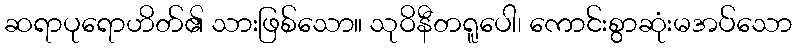
ဆရာပုရောဟိတ်၏ သားဖြစ်သော။ သုဝိနီတရူပေါ၊ ကောင်းစွာဆုံးမအပ်သော